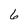
Character: 6